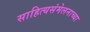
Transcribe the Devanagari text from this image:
साहित्यसंमेलनाच्या